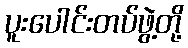
ပူးပေါင်းတပ်ဖွဲ့တို့